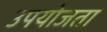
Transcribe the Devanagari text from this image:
उपयोजता